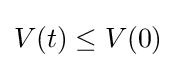
V(t)\leq V(0)